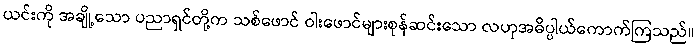
ယင်းကို အချို့သော ပညာရှင်တို့က သစ်ဖောင် ဝါးဖောင်များစုန်ဆင်းသော လဟုအဓိပ္ပါယ်ကောက်ကြသည်။